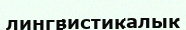
лингвистикалык